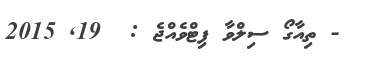
- ތިއާގޯ ސިލްވާ ފިޓްވެއްޖެ :  19